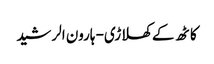
کاٹھ کے کھلاڑی- ہارون الرشید